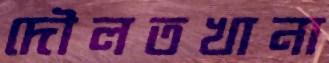
দৌলতখানা